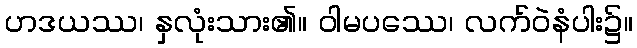
ဟဒယဿ၊ နှလုံးသား၏။ ဝါမပဿေ၊ လက်ဝဲနံပါး၌။